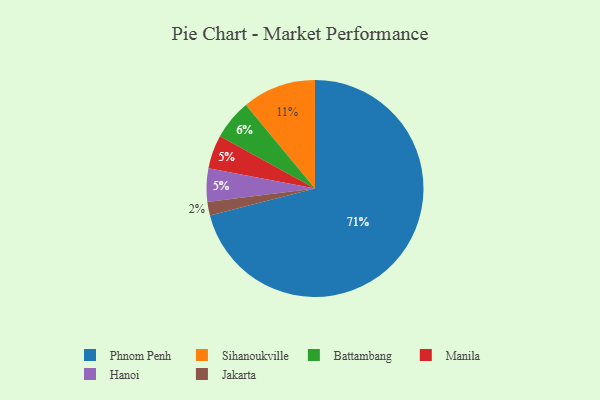
{"axis": {"x": "Category", "y": "Percentage"}, "legend": ["Battambang", "Hanoi", "Jakarta", "Manila", "Phnom Penh", "Sihanoukville"], "data": [{"x": "Phnom Penh", "y": 71, "type": "Phnom Penh"}, {"x": "Sihanoukville", "y": 11, "type": "Sihanoukville"}, {"x": "Manila", "y": 5, "type": "Manila"}, {"x": "Jakarta", "y": 2, "type": "Jakarta"}, {"x": "Hanoi", "y": 5, "type": "Hanoi"}, {"x": "Battambang", "y": 6, "type": "Battambang"}]}